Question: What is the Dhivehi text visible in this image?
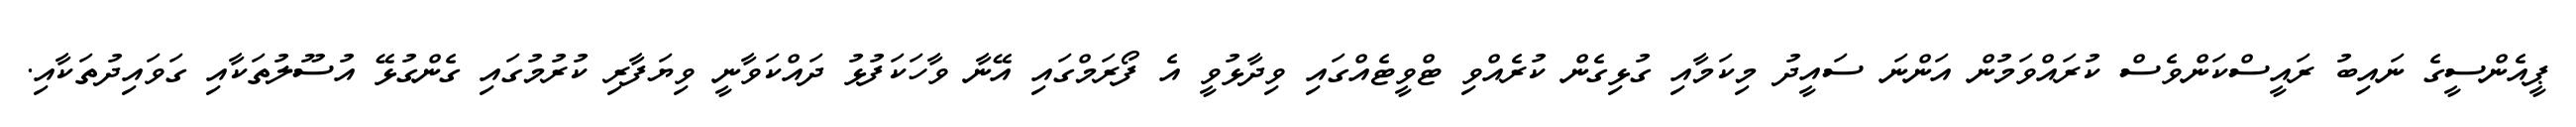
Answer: ޕީއެންސީގެ ނައިބު ރައީސްކަންވެސް ކުރައްވަމުން އަންނަ ސައީދު މިކަމާއި ގުޅިގެން ކުރެއްވި ޓްވީޓެއްގައި ވިދާޅުވީ އެ ފޯރަމްގައި އޭނާ ވާހަކަފުޅު ދައްކަވާނީ ވިޔަފާރި ކުރުމުގައި ގެންގުޅޭ އުސޫލުތަކާއި ގަވައިދުތަކާއި.